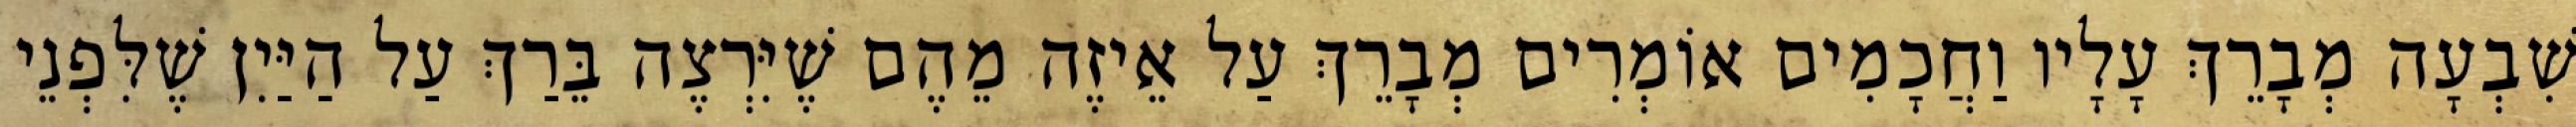
שִׁבְעָה מְבָרֵךְ עָלָיו וַחֲכָמִים אוֹמְרִים מְבָרֵךְ עַל אֵיזֶה מֵהֶם שֶׁיִּרְצֶה בֵּרַךְ עַל הַיַּיִן שֶׁלִּפְנֵי